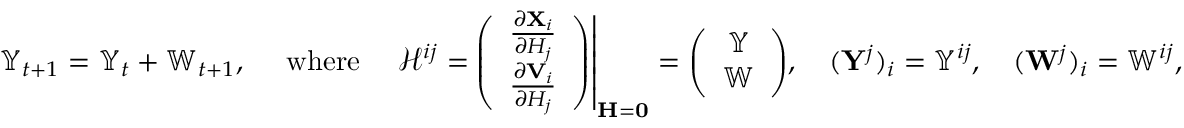
\begin{array} { r } { \mathbb { Y } _ { t + 1 } = \mathbb { Y } _ { t } + \mathbb { W } _ { t + 1 } , \quad \mathrm { ~ w h e r e ~ } \quad \mathbf { \mathcal { H } } ^ { i j } = \left. \! \left( \begin{array} { c } { \frac { \partial \mathbf { X } _ { i } } { \partial H _ { j } } } \\ { \frac { \partial \mathbf { V } _ { i } } { \partial H _ { j } } } \end{array} \right) \right| _ { \mathbf { H } = \mathbf { 0 } } = \left( \begin{array} { c } { \mathbb { Y } } \\ { \mathbb { W } } \end{array} \right) \! , \quad ( \mathbf { Y } ^ { j } ) _ { i } = \mathbb { Y } ^ { i j } , \quad ( \mathbf { W } ^ { j } ) _ { i } = \mathbb { W } ^ { i j } , } \end{array}